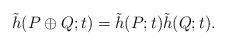
LaTeX: \begin{align*}\tilde{h}(P \oplus Q;t) = \tilde{h}(P;t)\tilde{h}(Q;t).\end{align*}